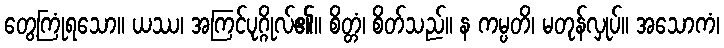
တွေ့ကြုံရသော။ ယဿ၊ အကြင်ပုဂ္ဂိုလ်၏။ စိတ္တံ၊ စိတ်သည်။ န ကမ္ပတိ၊ မတုန်လှုပ်။ အသောကံ၊